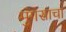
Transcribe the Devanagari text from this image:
मुंगसाचा